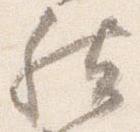
然